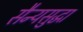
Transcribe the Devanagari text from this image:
सैन्यसुद्धा